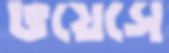
ভয়েসে